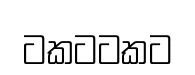
ටකටටකට